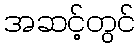
အဆင့်တွင်